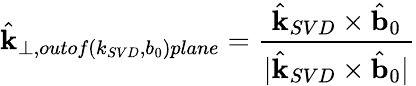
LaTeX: \hat{\mathbf{k}}_{\perp,outof(k_{SVD},b_{0})plane}=\frac{\hat{\mathbf{k}}_{SVD}\times\hat{\mathbf{b}}_{0}}{|\hat{\mathbf{k}}_{SVD}\times\hat{\mathbf{b}}_{0}|}